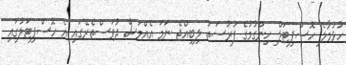
ހުޅުމާލެ ހޮސްޕިޓަލް ހިންގުމުގެ ފުރުސަތު ލިބިއްޖެ ނަމަ އެއްމަސް ދުވަސްތެރޭގައި އެ ހޮސްޕިޓަލުގައި